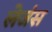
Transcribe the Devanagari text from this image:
लेजंस